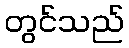
တွင်သည်